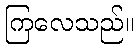
ကြလေသည်။